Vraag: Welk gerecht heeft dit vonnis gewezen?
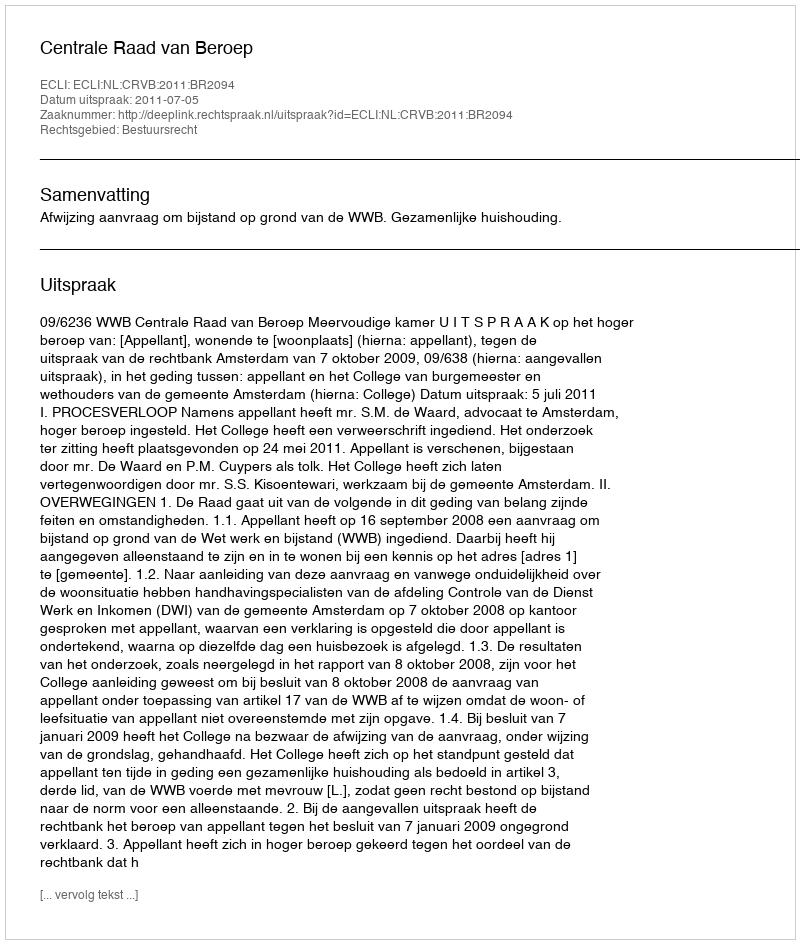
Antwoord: Centrale Raad van Beroep